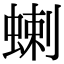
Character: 蝲